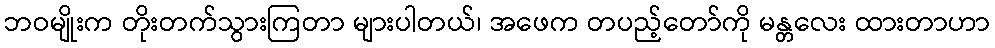
ဘဝမျိုးက တိုးတက်သွားကြတာ များပါတယ်၊ အဖေက တပည့်တော်ကို မန္တလေး ထားတာဟာ